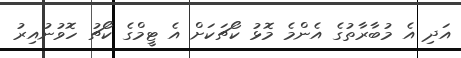
އަދި އެ މުބާރާތުގެ އެންމެ މޮޅު ކޯޗަކަށް އެ ޓީމްގެ ކޯޗު ހޮވުނުއިރު